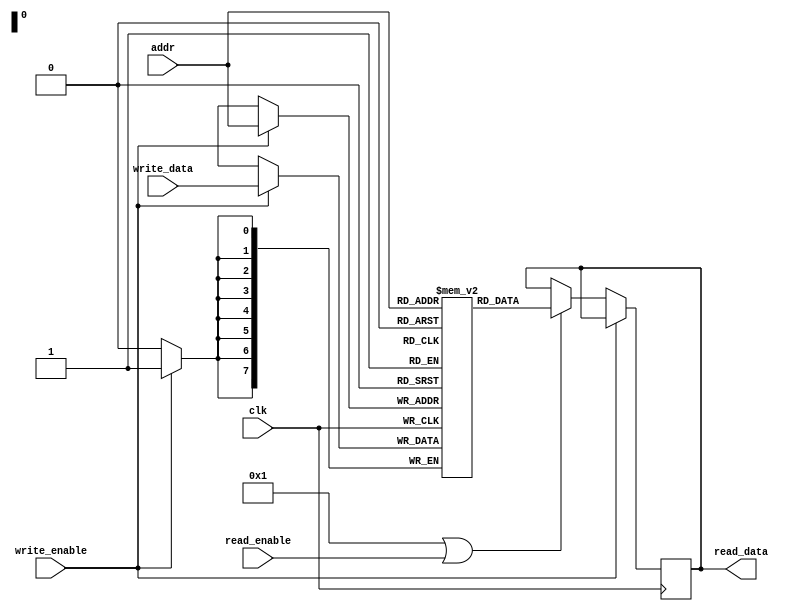
module top (clk, write_enable, read_enable, write_data, addr, read_data);
parameter DATA_WIDTH = 8;
parameter ADDR_WIDTH = 8;
parameter SKIP_RDEN = 1;

input clk;
input write_enable, read_enable;
input [DATA_WIDTH - 1 : 0] write_data;
input [ADDR_WIDTH - 1 : 0] addr; 
output [DATA_WIDTH - 1 : 0] read_data;

(* ram_style = "huge" *)
reg [DATA_WIDTH - 1 : 0] mem [2**ADDR_WIDTH - 1 : 0];

always @(posedge clk) begin
	if (write_enable)
		mem[addr] <= write_data;
	else if (SKIP_RDEN || read_enable)
		read_data <= mem[addr];
end

endmodule